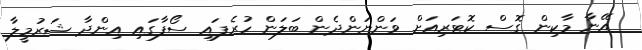
އޭނާ މާކިން ގޮސް ކޮޓަރިއަށް ވަންނަންދެން ބަލަން ހުރެފައި ސޯފާގައި އިންދާ ޝަރުމީލާ